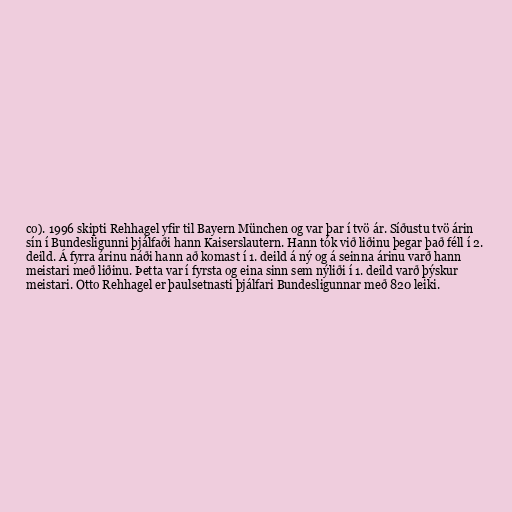
co). 1996 skipti Rehhagel yfir til Bayern München og var þar í tvö ár. Síðustu tvö árin
sín í Bundesligunni þjálfaði hann Kaiserslautern. Hann tók við liðinu þegar það féll í 2.
deild. Á fyrra árinu náði hann að komast í 1. deild á ný og á seinna árinu varð hann
meistari með liðinu. Þetta var í fyrsta og eina sinn sem nýliði í 1. deild varð þýskur
meistari. Otto Rehhagel er þaulsetnasti þjálfari Bundesligunnar með 820 leiki.